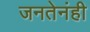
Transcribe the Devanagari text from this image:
जनतेनंही